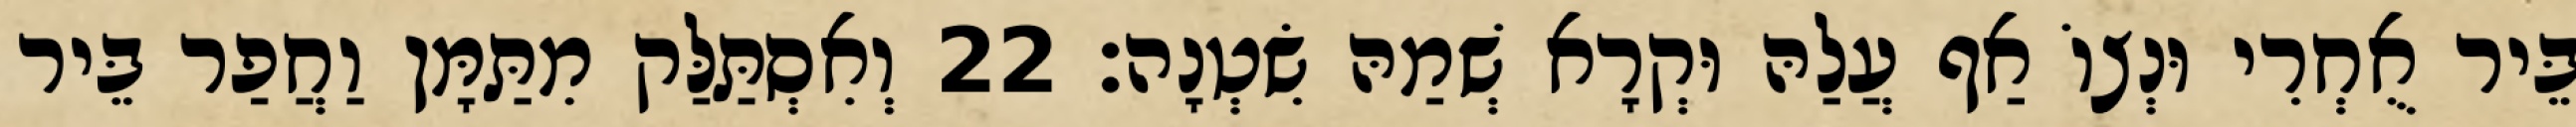
בֵּיר אֻחְרִי וּנְצוֹ אַף עֲלַהּ וּקְרָא שְׁמַהּ שִׂטְנָה׃ 22 וְאִסְתַּלַּק מִתַּמָּן וַחֲפַר בֵּיר